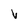
Character: V